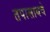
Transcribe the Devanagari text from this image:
तपासायचे